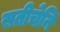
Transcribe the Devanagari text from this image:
सतीचेनि